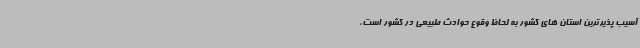
آسیب پذیرترین استان های کشور به لحاظ وقوع حوادث طبیعی در کشور است،